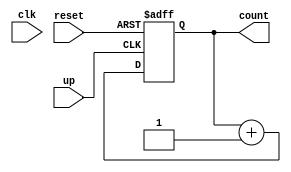
module counter (input reset,input clk,input up,output reg [4: 0] count);

always @(posedge up or negedge reset)
begin
if(!reset) count = {4{1'b0}};
else if (up) count = count + 1'b1;
else count = count;
end

endmodule